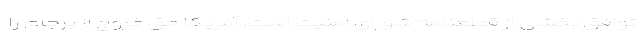
توافق بخشی از قطعنامه شورای امنیت است، آمریکا حق خروج از برجام را